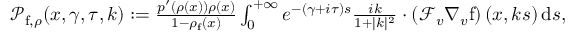
\begin{array} { r } { \mathscr { P } _ { \mathrm { f } , \rho } ( x , \gamma , \tau , k ) : = \frac { p ^ { \prime } ( \rho ( x ) ) \rho ( x ) } { 1 - \rho _ { \mathrm { f } } ( x ) } \int _ { 0 } ^ { + \infty } e ^ { - ( \gamma + i \tau ) s } \frac { i k } { 1 + \vert k \vert ^ { 2 } } \cdot \left( \mathcal { F } _ { v } \nabla _ { v } \mathrm { f } \right) ( x , k s ) \, \mathrm { d } s , } \end{array}